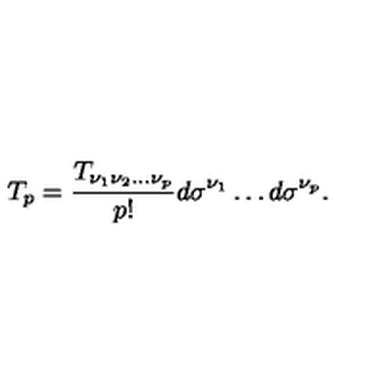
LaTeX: T _ { p } = { \frac { T _ { \nu _ { 1 } \nu _ { 2 } \ldots \nu _ { p } } } { p ! } } d \sigma ^ { \nu _ { 1 } } \ldots d \sigma ^ { \nu _ { p } } .